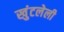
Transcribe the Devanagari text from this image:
खुंटलेली